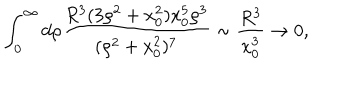
\int _ { 0 } ^ { \infty } d \rho { \frac { R ^ { 3 } ( 3 \rho ^ { 2 } + x _ { 0 } ^ { 2 } ) x _ { 0 } ^ { 5 } \rho ^ { 3 } } { ( \rho ^ { 2 } + x _ { 0 } ^ { 2 } ) ^ { 7 } } } \sim { \frac { R ^ { 3 } } { x _ { 0 } ^ { 3 } } } \rightarrow 0 ,